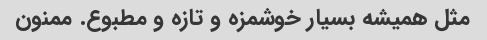
مثل همیشه بسیار خوشمزه و تازه و مطبوع. ممنون